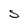
Character: S